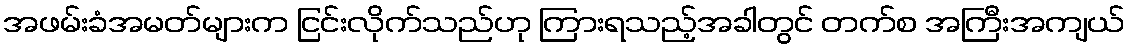
အဖမ်းခံအမတ်များက ငြင်းလိုက်သည်ဟု ကြားရသည့်အခါတွင် တက်စ အကြီးအကျယ်